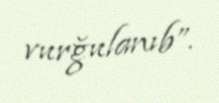
vurğulanıb”.